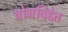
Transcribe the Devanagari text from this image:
योगविद्देत